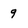
Character: 9